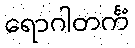
ရောဂါတင်္ကံ